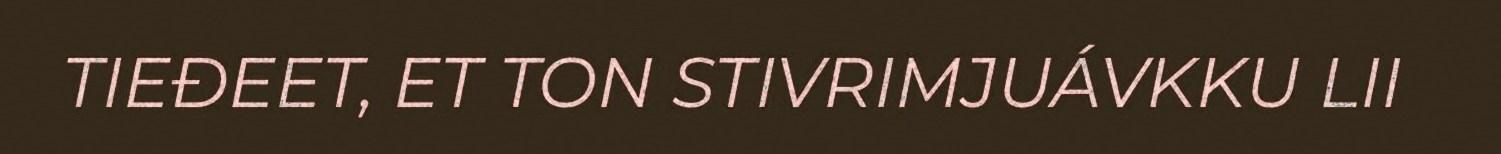
TIEĐEET, ET TON STIVRIMJUÁVKKU LII